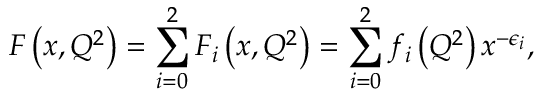
F \left( x , Q ^ { 2 } \right) = \sum _ { i = 0 } ^ { 2 } F _ { i } \left( x , Q ^ { 2 } \right) = \sum _ { i = 0 } ^ { 2 } f _ { i } \left( Q ^ { 2 } \right) x ^ { - \epsilon _ { i } } ,